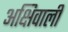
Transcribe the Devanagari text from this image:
अक्षिवाली